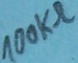
Text: 100KΩ